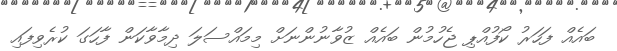
ބައެއް ފަހަރު ކޯފުއްޕި ޖެހުމުން ބައެއް ޒުވާނުންނަށް މިމައްސަލަ ދިމާވާކަން ފާހަގަ ކުރެވިފައި